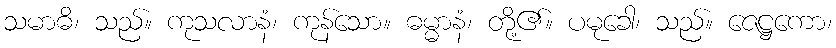
သမာဓိ၊ သည်။ ကုသလာနံ၊ ကုန်သော။ ဓမ္မာနံ၊ တို့၏။ ပမုခေါ၊ သည်။ ဇေဋ္ဌကော၊